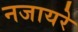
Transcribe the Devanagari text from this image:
नजायरे